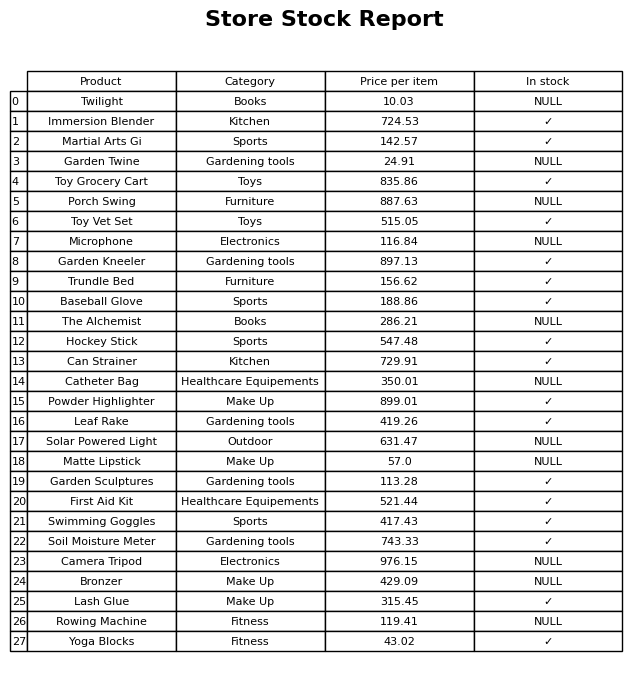
question: What is the stock status of the Martial Arts Gi?
answer: ✓